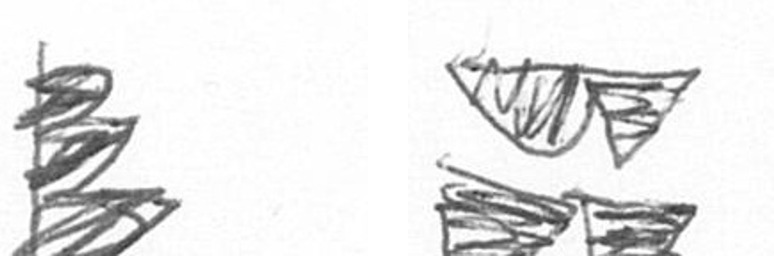
H B